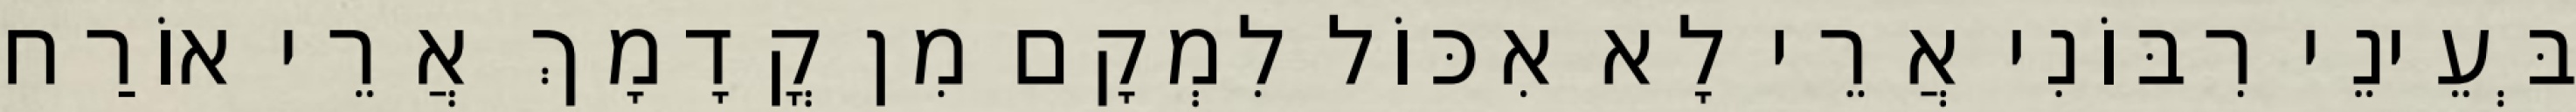
בְּעֵינֵי רִבּוֹנִי אֲרֵי לָא אִכּוֹל לִמְקָם מִן קֳדָמָךְ אֲרֵי אוֹרַח